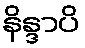
နိန္ဒာပိ